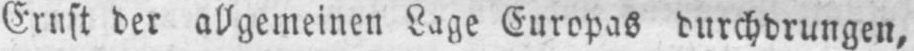
Ernst der allgemeinen Lage Europas durchdrungen,